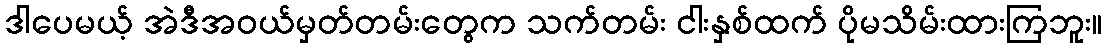
ဒါပေမယ့် အဲဒီအဝယ်မှတ်တမ်းတွေက သက်တမ်း ငါးနှစ်ထက် ပိုမသိမ်းထားကြဘူး။